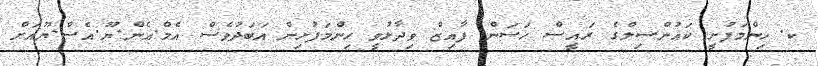
ކ. ހިންމަފުށީ ކައުންސިލްގެ ރައީސް ހަސަން ފާއިޒް ވިދާޅުވީ ހިންމަފުށިން އަބަދުވެސް އެމް.އެން.ޔޫ.އެސް.ޔޫއަށް